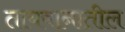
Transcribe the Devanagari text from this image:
तायवानातील